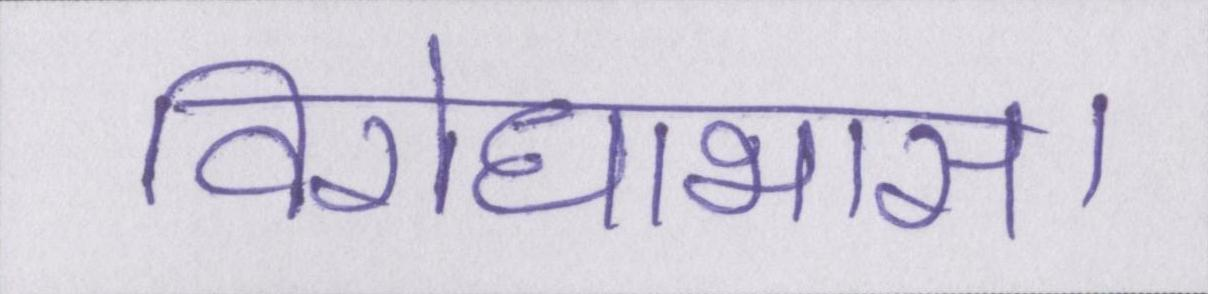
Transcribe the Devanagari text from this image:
विरोधाभास।